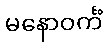
မနောဝင်္ကံ